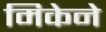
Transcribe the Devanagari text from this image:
मिकेने